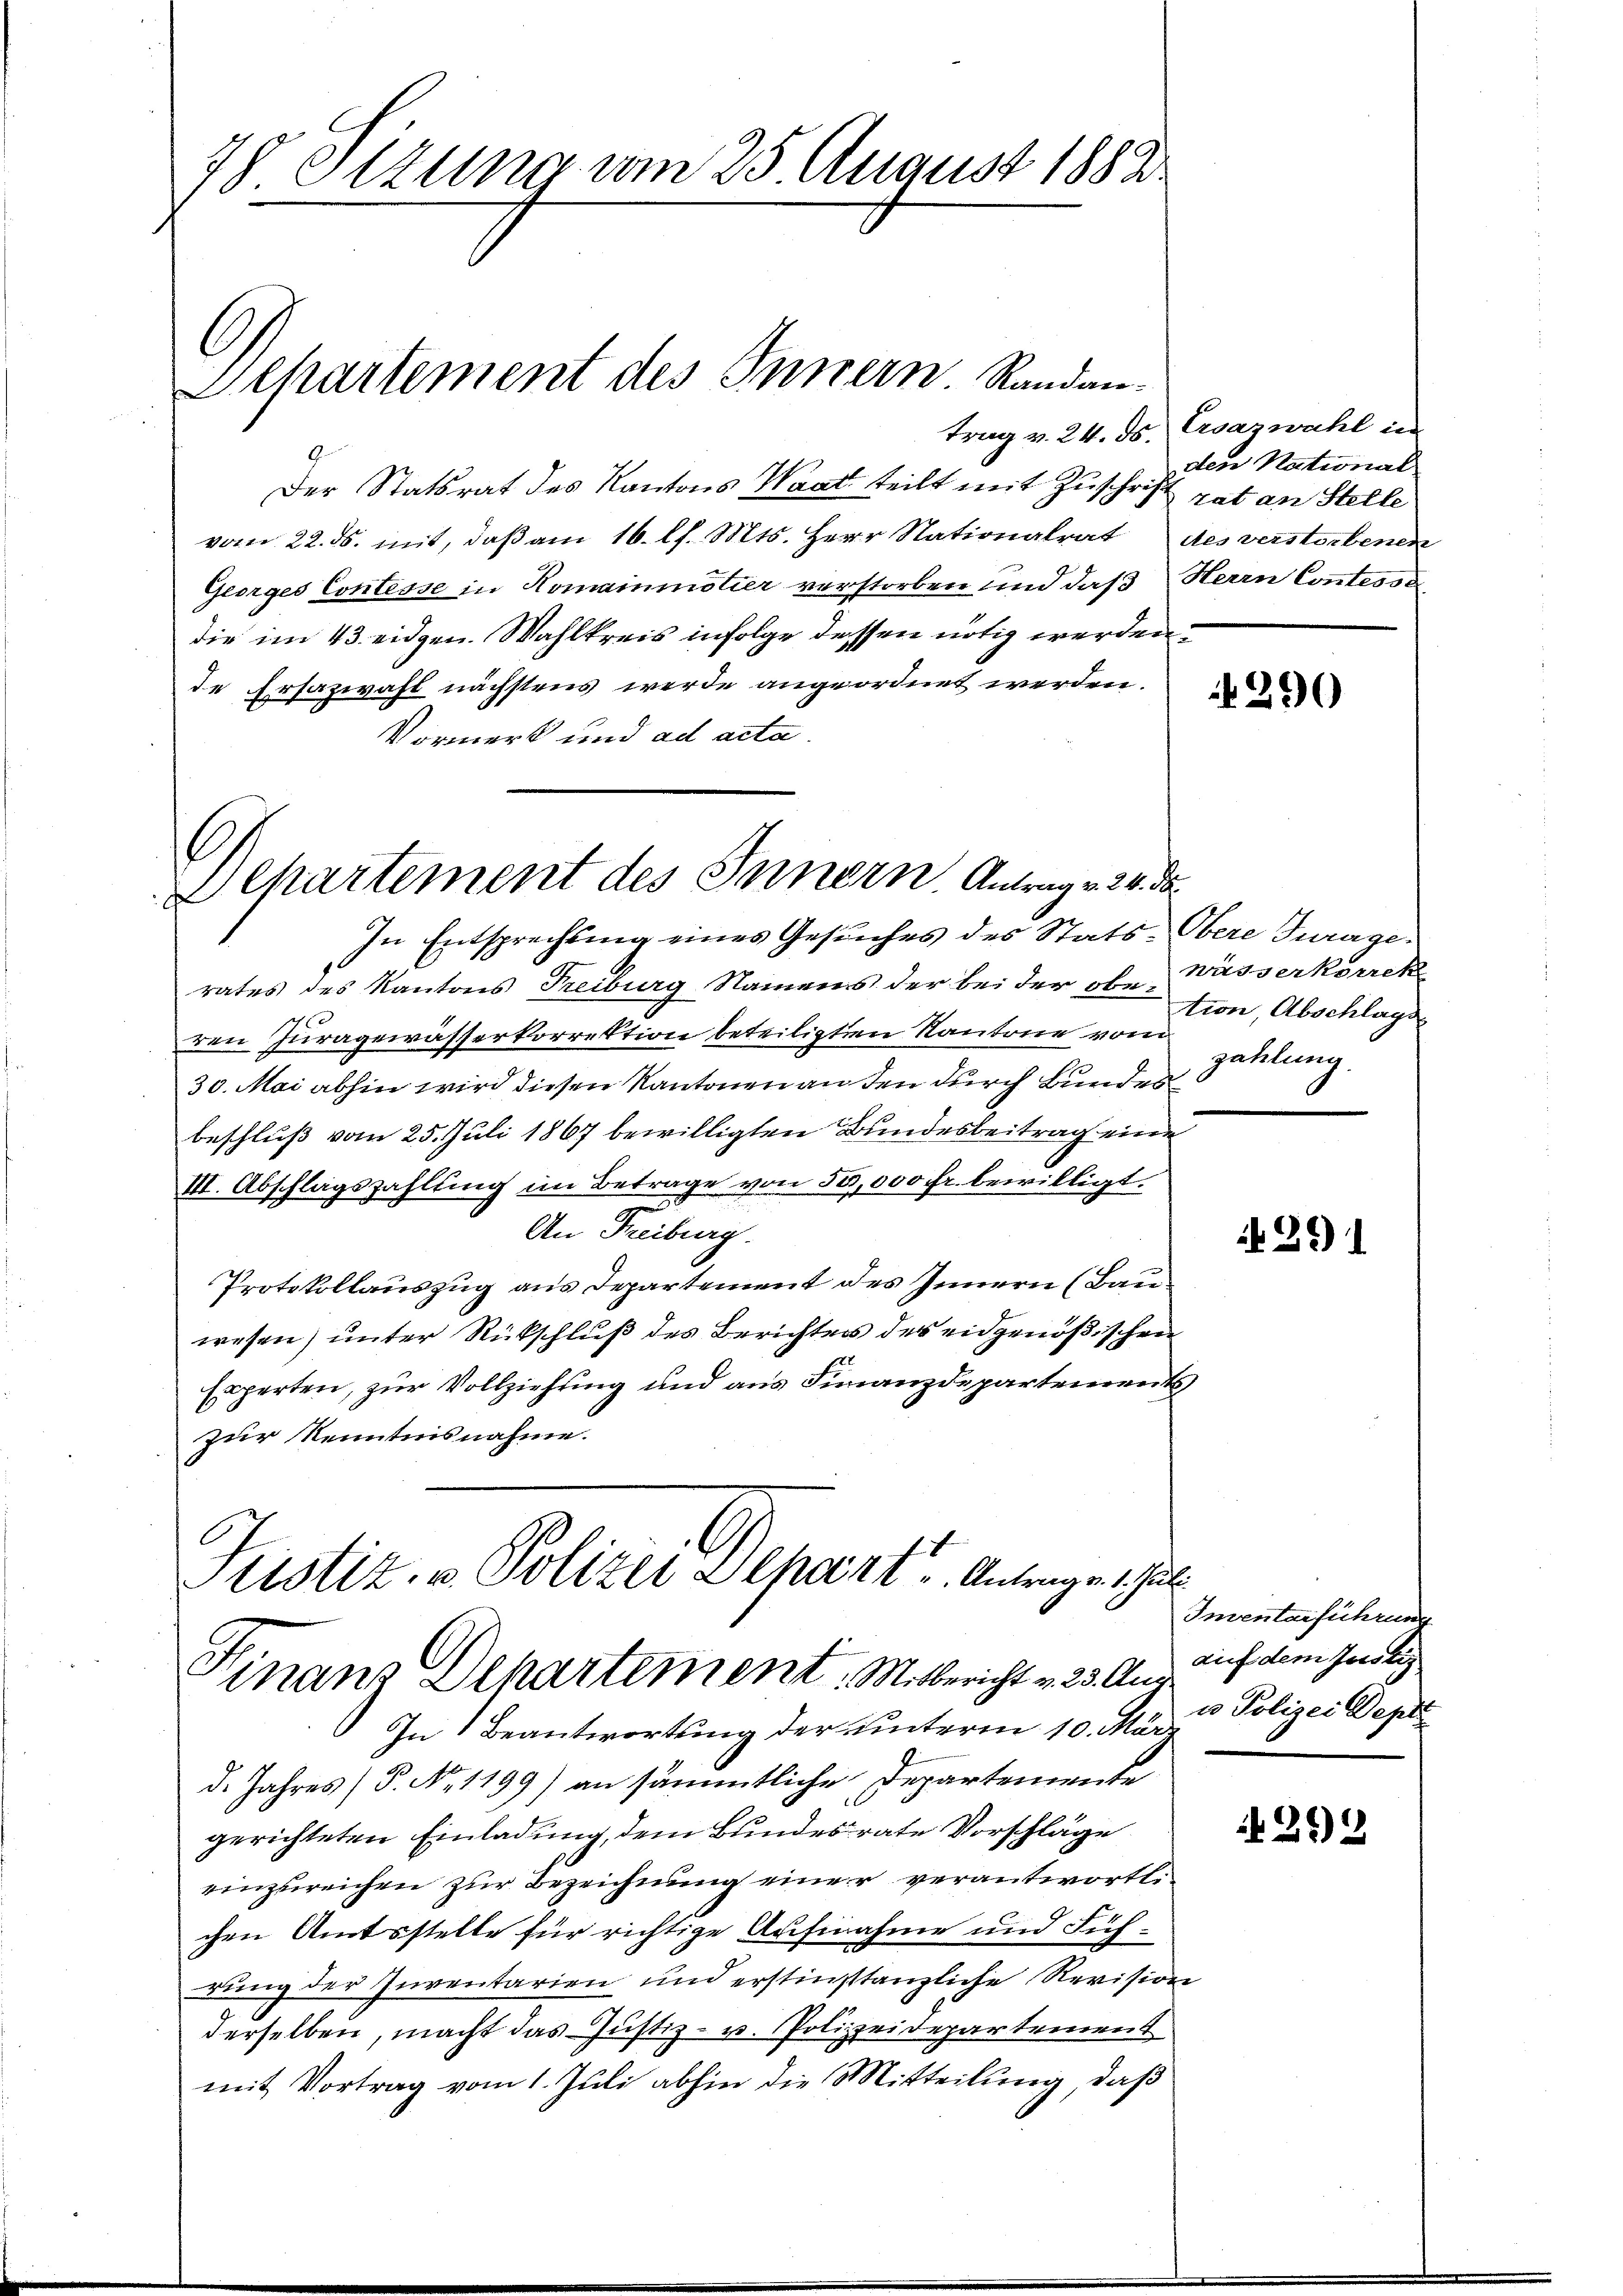
78 Otzung vom 25. August 1882

Departement des Innern Randan-

Der Statsrat des Kantons Waat teilt mit Zuschrift rat an Stelle
vom 22. ds. mit, daß am 16. l. Mts. Herr Nationalrat
Georges Contesse in Homainmötier verstorben und daß Herrn Contesse
die im 43. eidgen. Wahlkreis infolge dessen nötig werden.
de Ersazwahl nächstens werde angeordnet werden.
Vormerk und ad acta.

Dehartement des Innern, Antrag v. 24. ds.

Justiz - Polize Depart. Antrage zur
Finanz Departement. Mitbericht v. 23. Aug
In 1 Beantwortung der unterm 10. Mär

trag v. 24. ds. Ersazwahl in
den National
des verstorbenen

In Entsprechtung eines Gesuches des Stats-Obere Jurage
rates des Kantons Freiburg Namens der bei der Ehe Wässerkorrek
ren Juragewässerkorrektion beteiligten Kantone vom
30. Mai abhin wird diesen Kantonen an den durch Bundes
beschluß vom 25. Juli 1867 bewilligten Bundesbeitrag eine
III. Abschlagszahlung im Betrage von 50,000 Fr. bewilligt.
n
An Freiburg.
Protokollauszug aus Departement des Innern (Bau
wesen) unter Rückschluß des Berichters des eidgenößischen
Experten, zur Vollziehung und aus Finanzdepartements
zur Kenntnisnahme.

d. Jahres (S. Nr. 1199) an sämmtliche Departemente
gerichteten Einladung, dem Bundesrate Vorschläge
einzureichen zur Bezeichnung einer verantwortlichen Amtsstelle für richtige Aufnahme und Füh-
rung der Inventarien und erstinstanzliche Revision
derselben, macht das Justiz- u. Polizeidepartement
mit Vortrag vom 1. Juli abhin die Mitteilung, daß

N 290

tion, Abschlags
zahlung.

30)

Inventarführung
auf dem Justiz
u Polizei Septe

292